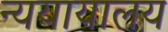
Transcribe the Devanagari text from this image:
न्ययायालय